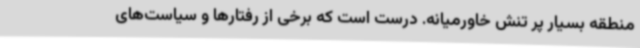
منطقه بسیار پر تنش خاورمیانه. درست است که برخی از رفتارها و سیاست‌های